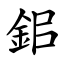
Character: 鈻